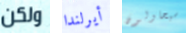
ولكن أيرلندا سيحاولون